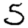
Digit: 5